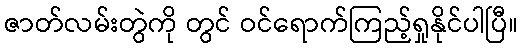
ဇာတ်လမ်းတွဲကို တွင် ဝင်ရောက်ကြည့်ရှုနိုင်ပါပြီ။